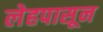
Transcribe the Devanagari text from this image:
लेहपासून